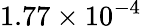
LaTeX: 1.77\times 10^{-4}